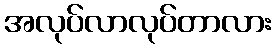
အလုပ်လာလုပ်တာလား